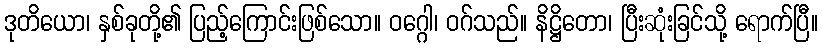
ဒုတိယော၊ နှစ်ခုတို့၏ ပြည့်ကြောင်းဖြစ်သော။ ဝဂ္ဂေါ၊ ဝဂ်သည်။ နိဋ္ဌိတော၊ ပြီးဆုံးခြင်သို့ ရောက်ပြီ။